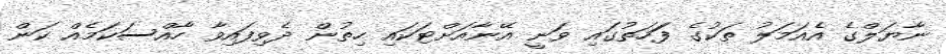
ނާޔަލްގެ އެއަމަލު ތަކުގެ ފަަހަތުގައި ވަނީ އޭނާއަށްޓަކައި ހިތުން ދެވިފައިވާ ހާއްސަކަމެއް ކަން